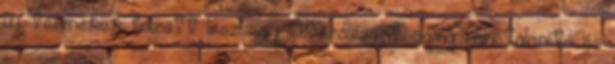
új termékek között lesz egy Alverdésanti aging ránctalanító és